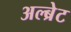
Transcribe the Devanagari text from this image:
अल्ब्रेट